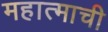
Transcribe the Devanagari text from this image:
महात्माची